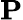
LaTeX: \mathrm{\mathbf P}